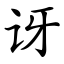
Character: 讶